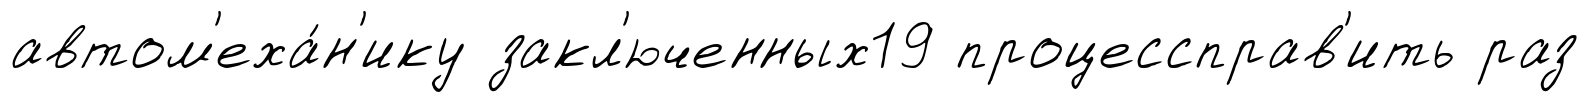
автом'еха́н'ику закл'юченных19 процессправ'ить раз